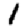
Digit: 1